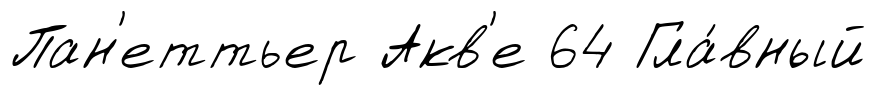
Пан'еттьер Акв'е 64 Гла́вный